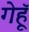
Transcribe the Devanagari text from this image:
गेहूॅ